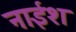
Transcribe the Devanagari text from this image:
नाईश